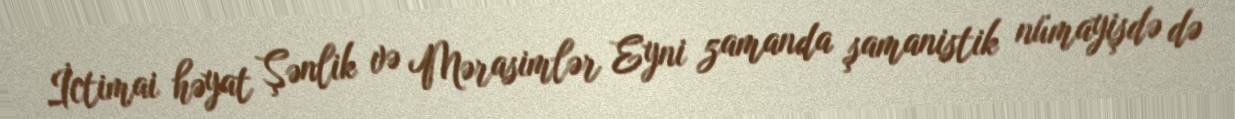
İctimai həyat Şənlik və Mərasimlər Eyni zamanda şamanistik nümayişdə də